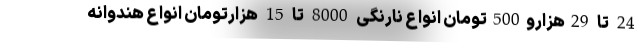
24 تا 29هزارو500تومان انواع نارنگی 8000 تا 15 هزارتومان انواع هندوانه